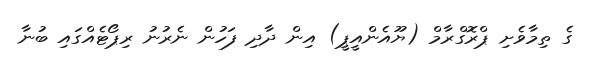
ގެ ތިމާވެށި ޕްރޮގްރާމް (ޔޫއެންއީޕީ) އިން ދާދި ފަހުން ނެރުނު ރިޕޯޓެއްގައި ބުނާ